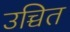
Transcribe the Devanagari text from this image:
उच्चित